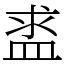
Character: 盚